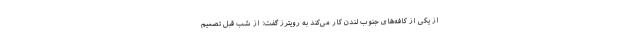
از یکی از کافه‌های جنوب لندن کار می‌کند به رویترز گفت: از شب قبل تصمیم